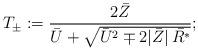
LaTeX: \begin{align*}T_\pm:=\frac{2\bar Z}{\bar U+\sqrt{\bar U^2\mp2|\bar Z|\,\bar{R^*}}}; \end{align*}